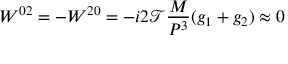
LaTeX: W ^ { 0 2 } = - W ^ { 2 0 } = - i { 2 \mathcal T } { \frac { M } { P ^ { 3 } } } ( g _ { 1 } + g _ { 2 } ) \approx 0